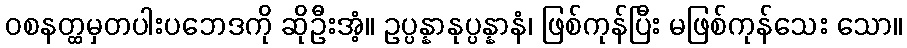
ဝစနတ္ထမှတပါးပဘေဒကို ဆိုဦးအံ့။ ဥပ္ပန္နာနုပ္ပန္နာနံ၊ ဖြစ်ကုန်ပြီး မဖြစ်ကုန်သေး သော။